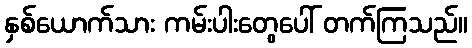
နှစ်ယောက်သား ကမ်းပါးတွေပေါ် တက်ကြသည်။